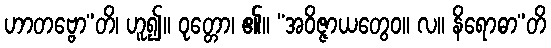
ဟာတဗ္ဗော”တိ၊ ဟူ၍။ ဝုတ္တော၊ ၏။ “အဝိဇ္ဇာယတွေဝ။ လ။ နိရောဓာ”တိ